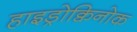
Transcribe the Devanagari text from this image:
हाइड्रोक्विनोक